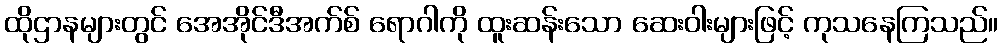
ထိုဌာနများတွင် အေအိုင်ဒီအက်စ် ရောဂါကို ထူးဆန်းသော ဆေးဝါးများဖြင့် ကုသနေကြသည်။